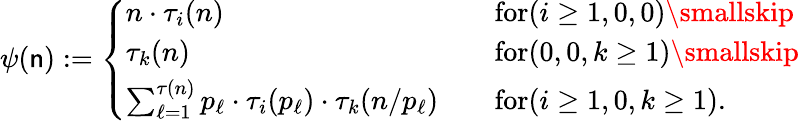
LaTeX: \psi(\mathsf{n}):=\left\{ \begin{array}{ll}{n\cdot\tau_{i}(n)\quad}&{\textnormal{for}(i\geq 1,0,0)\smallskip}\\ {\tau_{k}(n)\quad}&{\textnormal{for}(0,0,k\geq 1)\smallskip}\\ {\sum_{\ell=1}^{\tau(n)}p_{\ell}\cdot\tau_{i}(p_{\ell})\cdot\tau_{k}(n/p_{\ell})\quad}&{\textnormal{for}(i\geq 1,0,k\geq 1).}\end{array}\right.